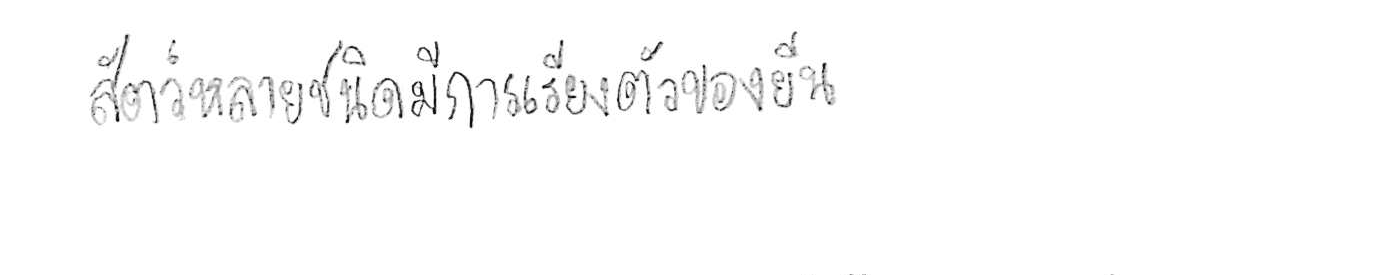
สัตว์หลายชนิดมีการเรียงตัวของยีน